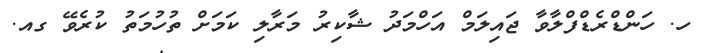
ހ. ހަންޑްރެޑްފްލާވާ ޖައިލަމް އަހްމަދު ޝާކިރު މަރާލި ކަމަށް ތުހުމަތު ކުރެވޭ ގއ.